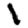
Digit: 1